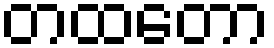
တထတော